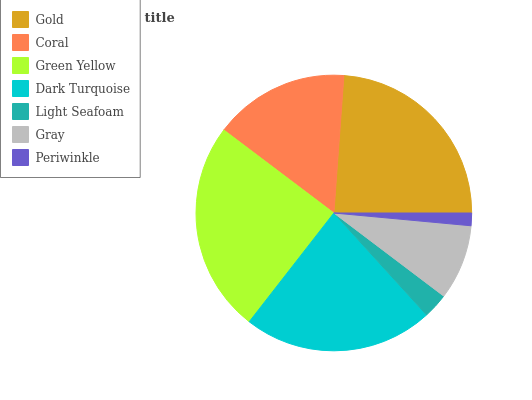
| Gold | Coral | Green Yellow | Dark Turquoise | Light Seafoam | Gray | Periwinkle |
 | --- | --- | --- | --- | --- | --- | --- |
 | 23.8% | 15.9% | 24.8% | 22.3% | 2.94% | 8.82% | 1.48% |